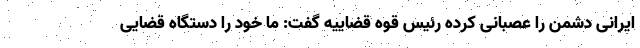
ایرانی دشمن را عصبانی کرده رئیس قوه قضاییه گفت: ما خود را دستگاه قضایی